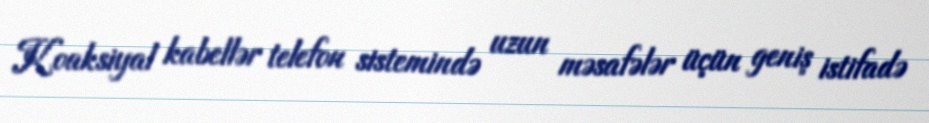
Koaksiyal kabellər telefon sistemində uzun məsafələr üçün geniş istifadə